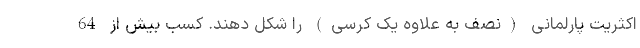
اکثریت پارلمانی (نصف به علاوه یک کرسی) را شکل دهند. کسب بیش از 64